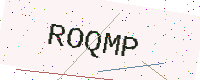
Text: ROQMP